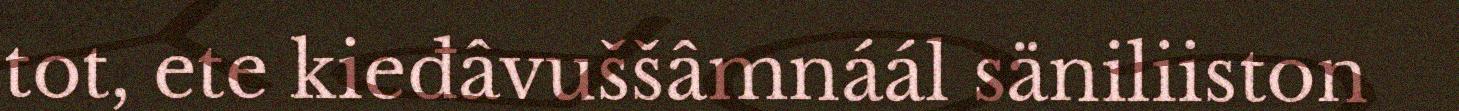
tot, ete kieđâvuššâmnáál säniliiston